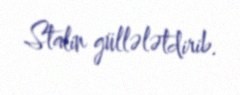
Stalin güllələtdirib.